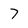
Character: 7